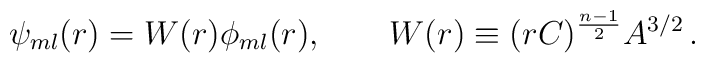
\psi_{ml}(r)=W(r)\phi_{ml}(r),\qquad W(r)\equiv (rC)^{n-1\over 2}A^{3/2}\, .